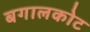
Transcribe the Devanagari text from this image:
बगालकोट